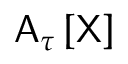
\mathsf { A } _ { \tau } \left[ \sf X \right]